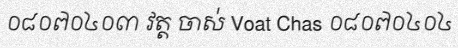
០៨០៧០៤០៣ វត្ត ចាស់ Voat Chas ០៨០៧០៤០៤